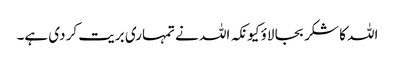
اللہ کا شکر بجا لاؤ کیونکہ اللہ نے تمہاری بریت کر دی ہے۔